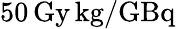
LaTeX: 50\, \mathrm{Gy}\, \mathrm{kg}/\mathrm{GBq}